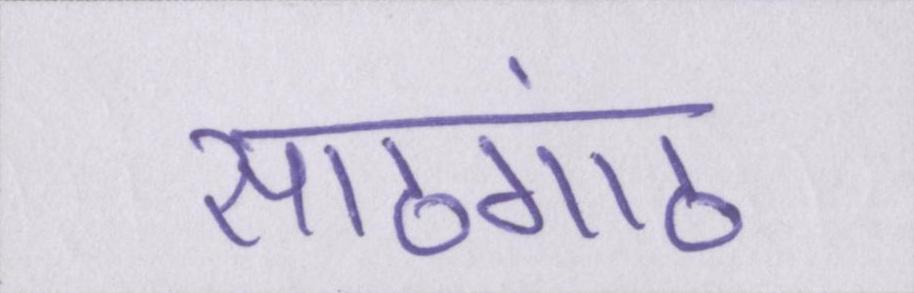
साठगांठ